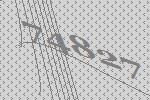
74827